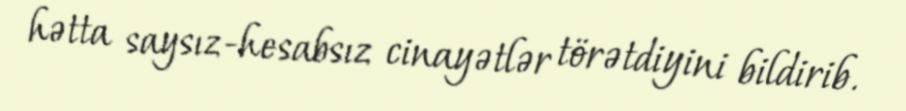
hətta saysız-hesabsız cinayətlər törətdiyini bildirib.